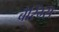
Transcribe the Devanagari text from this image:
बैरिंग्स